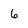
Character: 6